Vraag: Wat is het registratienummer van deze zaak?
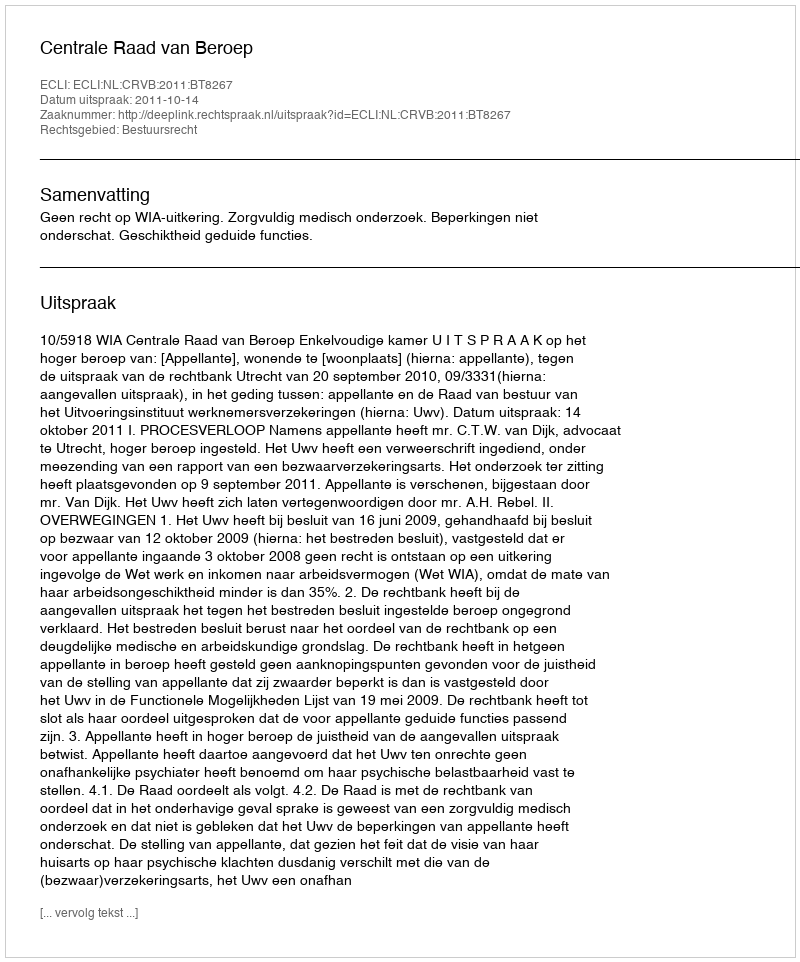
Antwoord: http://deeplink.rechtspraak.nl/uitspraak?id=ECLI:NL:CRVB:2011:BT8267